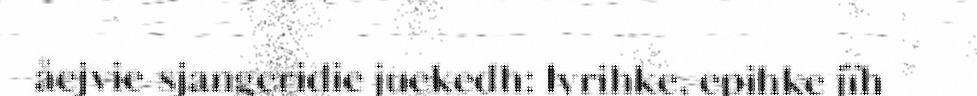
åejvie-sjangeridie juekedh: lyrihke, epihke jïh